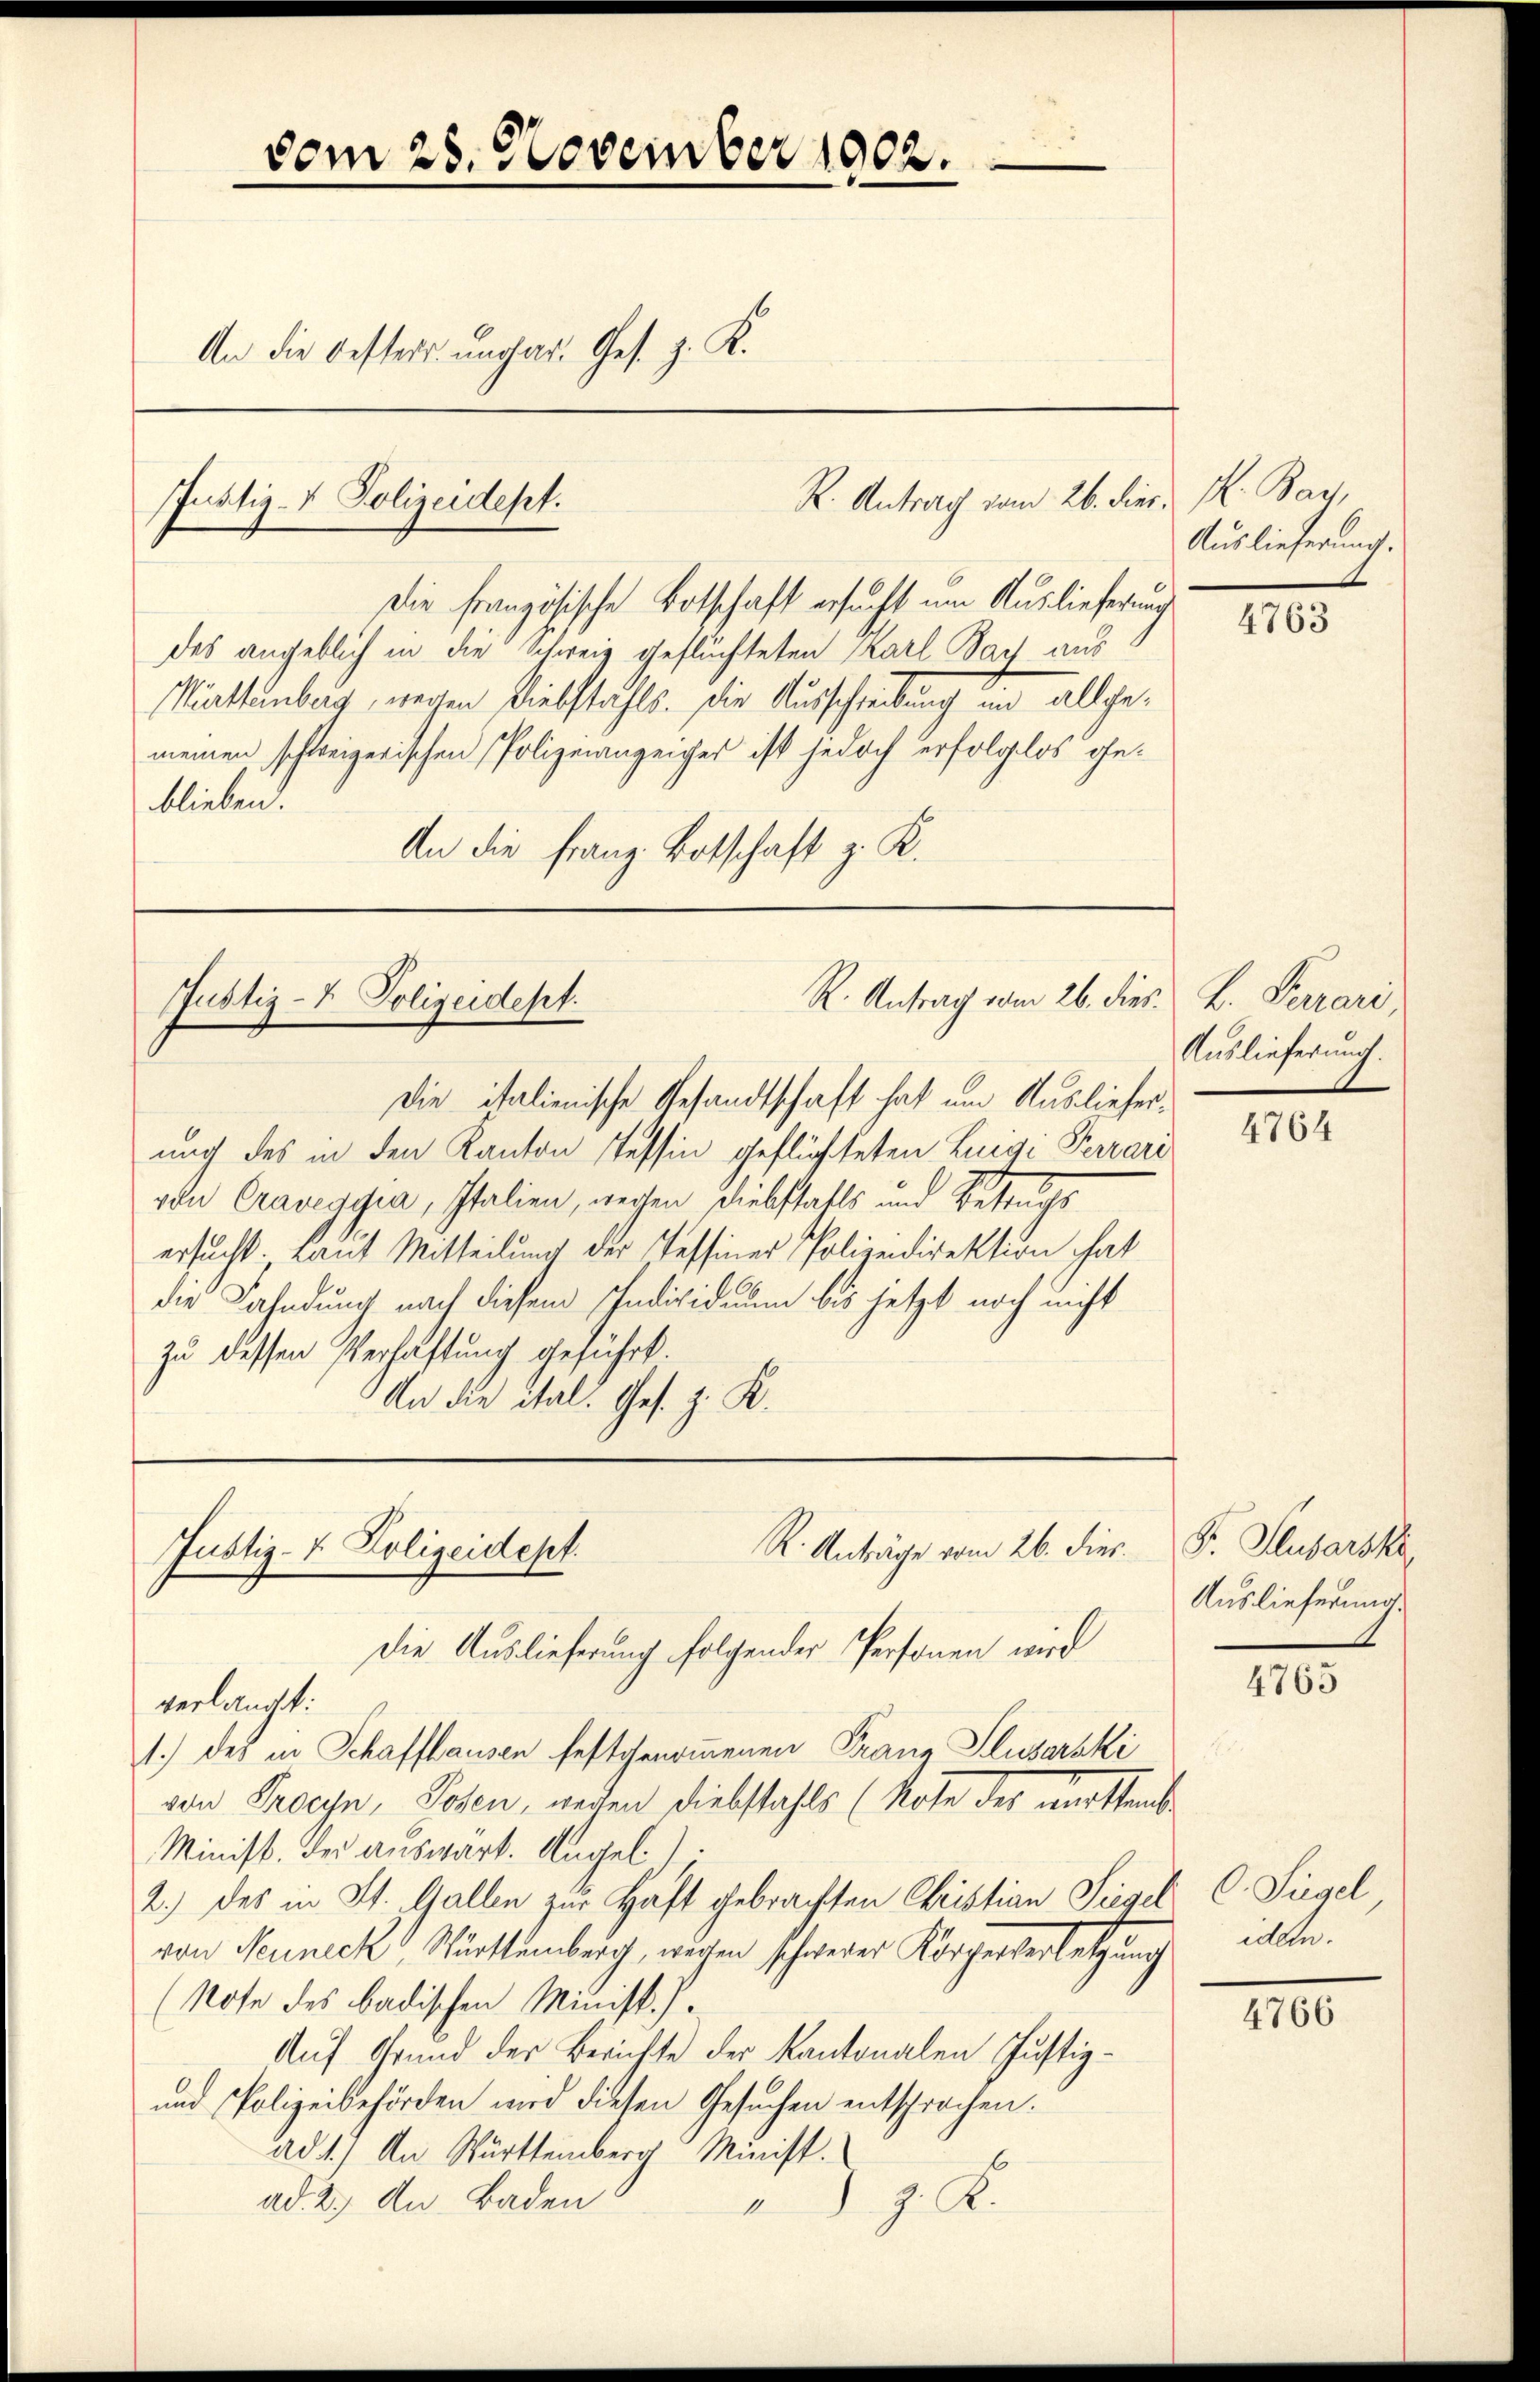
vom 28. November 1902.
An die besters ungar. Ges. z. K.

Justiz- & Polizeidept.

Die Französische Botschaft ersucht, um Auslieferung
des angeblich in die Schweiz geflüchteten Karl Sach aus
Mürttenberg, wegen Diebstahls. Die Ausschreibung im allgemeinen schweizerischen Polizeianzeiges ist jedoch erfolglos geblieben.
An die Franz Botschaft z. K.

R. Antrag vom 26. dies L. Ferrari
Justiz- & Polizeidept.

Die italienische Gesandtschaft hat um Auslieferung des in den Kanton Tessin geflüchteten Luigi Ferrari
von Cravegyia, Italien, wegen Diebstatts und Betrugs
ersucht. Laut Mitteilung der Tessiner Polizeidirektion hat
die Fahndung nach diesem Individuum bis jetzt noch nicht
zu dessen Verhaftung geführt.
An die ital. Ges. z. K.

R. Anträge vom 26. dies
Justiz- & Polizeidept.
Die Auslieferung folgender Personen wird

R. Antrag vom 26. dies K. Bay,

verlaucht.
1.) des in Schaffhausen festgenommenen Franz Slusarski
ven Proeyn, Rosen, weiten Diebstahls (Note der emettenb
Minist. der auswärt. Angel
2.) Das in St. Gallen zur Haft gebrachten Christian Siegel C. Siegel
von Neuneck, Württemberg, wegen schwerer Körperterletzung
(Note des badischen Minist.).
Auf Grund der Berichte der Kantonalen Justiz¬
und Polizeibehörden wird diesen Gesuchen entsprochen.
ad 1.) An Württemberg Minist.
6
ad 2. An Baden
J. R.
1

Auslieferung.

4763

Auslieferung.

4764

Fr. Husarski
Auslieferung

4765

iden.

4766